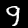
Label: 9